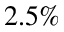
2 . 5 \%